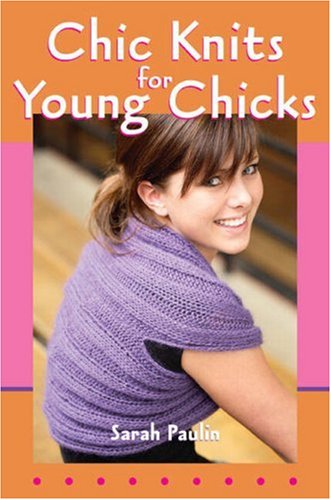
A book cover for Chic Knits for Young Chicks; Sarah Paulin; Teen & Young Adult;